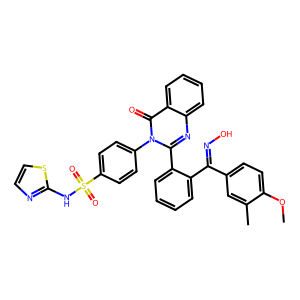
SMILES: COc1ccc(C(=NO)c2ccccc2-c2nc3ccccc3c(=O)n2-c2ccc(S(=O)(=O)Nc3nccs3)cc2)cc1C
Inhibits HIV replication: No